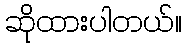
ဆိုထားပါတယ်။